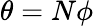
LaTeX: \theta=N\phi